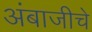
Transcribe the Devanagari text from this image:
अंबाजीचे